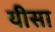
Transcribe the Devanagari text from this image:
यीसा